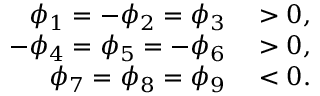
\begin{array} { r l } { \phi _ { 1 } = - \phi _ { 2 } = \phi _ { 3 } } & { { } > 0 , } \\ { - \phi _ { 4 } = \phi _ { 5 } = - \phi _ { 6 } } & { { } > 0 , } \\ { \phi _ { 7 } = \phi _ { 8 } = \phi _ { 9 } } & { { } < 0 . } \end{array}